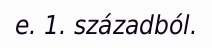
e. 1. századból.